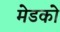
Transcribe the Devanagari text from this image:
मेडको